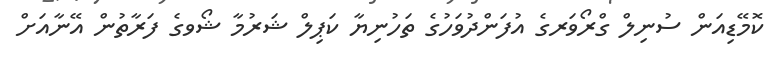
ކޮމޭޑިއަން ސުނިލް ގްރޯވަރގެ އުފަންދުވަހުގެ ތަހުނިޔާ ކަޕިލް ޝަރުމާ ޝޯވގެ ފަރާތުން އޭނާއަށް